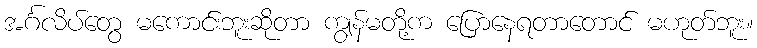
အင်္ဂလိပ်တွေ မကောင်းဘူးဆိုတာ ကျွန်မတို့က ပြောနေရတာတောင် မဟုတ်ဘူး။